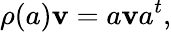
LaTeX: \rho(a)\mathbf{v}=a\mathbf{v}a^{t},